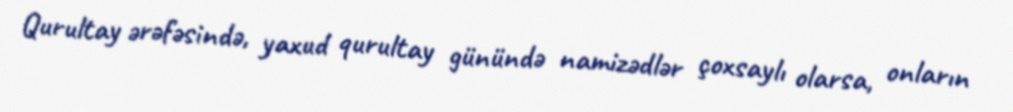
Qurultay ərəfəsində, yaxud qurultay günündə namizədlər çoxsaylı olarsa, onların